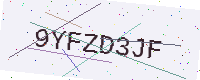
Text: 9YFZD3JF